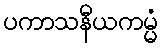
ပကာသနီယကမ္မံ